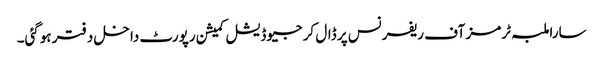
سارا ملبہ ٹرمز آف ریفرنس پر ڈال کر جیوڈیشل کمیشن رپورٹ داخل دفتر ہوگئی۔